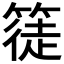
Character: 𥱰